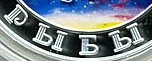
P bI b bI